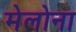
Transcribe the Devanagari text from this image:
मेलोना